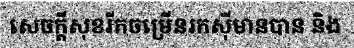
សេចក្តីសុខរីកចម្រើនរកស៊ីមានបាន និង